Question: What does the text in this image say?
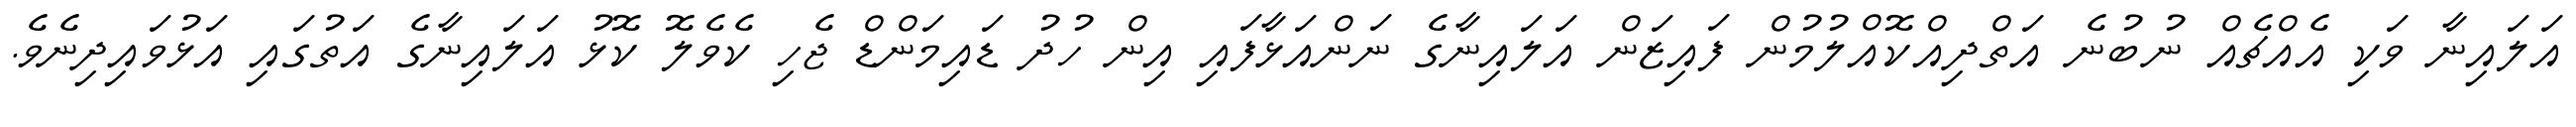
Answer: އަލައިނާ ވަކި އެއްޗެއް ނުބުނެ އަތްދިއްކޮއްލުމުން ފައިޒަން އަލައިނާގެ ނަންއަޅާފައި އިން ހުދު ޑައިމަންޑް ޖެހި ކެވެލޮ ކޮޅު އަލައިނާގެ އަތުގައި އަޅުވައިދިނެވެ.